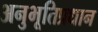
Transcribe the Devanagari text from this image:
अनुभूतिप्रधान